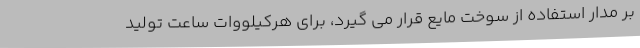
بر مدار استفاده از سوخت مایع قرار می گیرد، برای هرکیلووات ساعت تولید